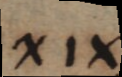
XIX